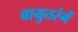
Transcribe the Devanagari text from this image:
वायुतरंगें